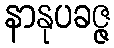
နာနုပခဇ္ဇ